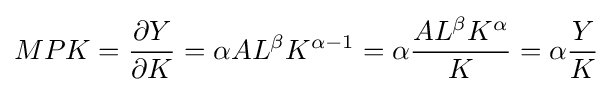
MPK={\frac {\partial Y}{\partial K}}=\alpha AL^{\beta }K^{\alpha -1}=\alpha {\frac {AL^{\beta }K^{\alpha }}{K}}=\alpha {\frac {Y}{K}}